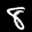
Label: 8